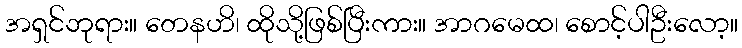
အရှင်ဘုရား။ တေနဟိ၊ ထိုသို့ဖြစ်ပြီးကား။ အာဂမေထ၊ စောင့်ပါဦးလော့။